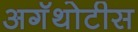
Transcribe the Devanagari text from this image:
अगॅथोटीस